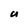
Character: U